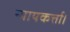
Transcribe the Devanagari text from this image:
न्यायकर्त्ता।